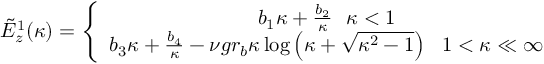
\begin{array} { r } { \tilde { E } _ { z } ^ { 1 } ( \kappa ) = \left\{ \begin{array} { c } { b _ { 1 } \kappa + \frac { b _ { 2 } } { \kappa } ~ ~ \kappa < 1 } \\ { b _ { 3 } \kappa + \frac { b _ { 4 } } { \kappa } - \nu g r _ { b } \kappa \log \left( \kappa + \sqrt { \kappa ^ { 2 } - 1 } \right) ~ ~ 1 < \kappa \ll \infty } \end{array} \right. } \end{array}